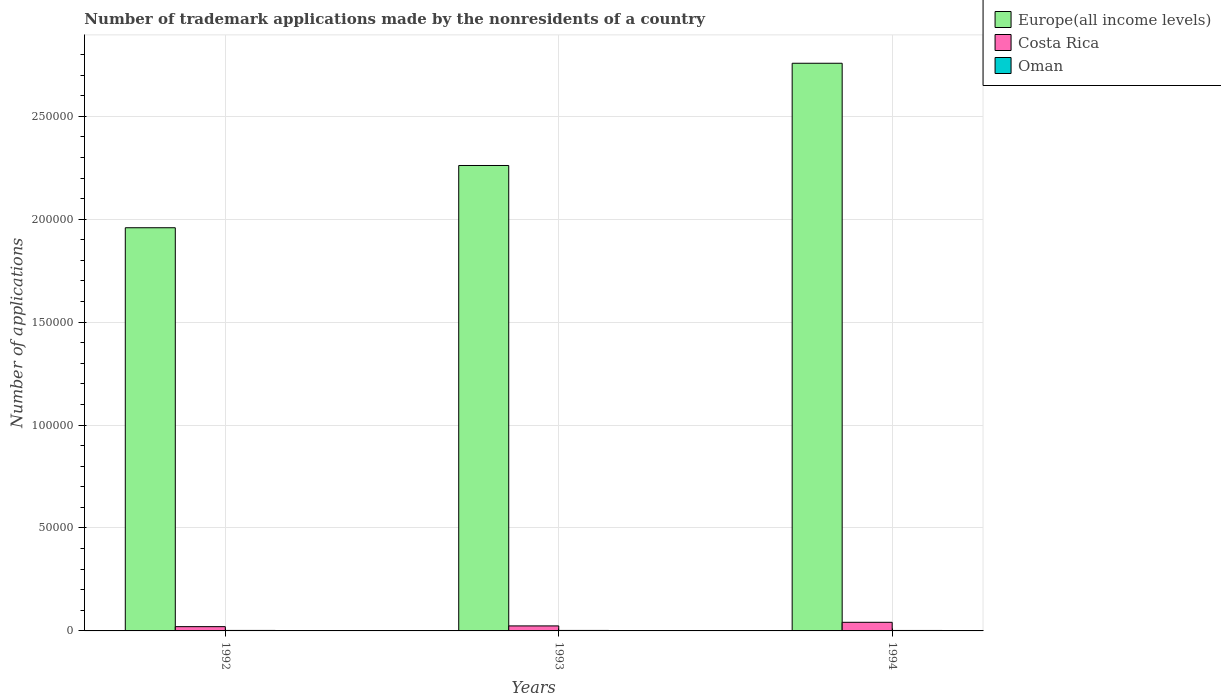
| Years | Europe(all income levels) | Costa Rica | Oman |
 | --- | --- | --- | --- |
 | 1992 | 1.96e+05 | 2.07e+03 | 241 |
 | 1993 | 2.26e+05 | 2.43e+03 | 236 |
 | 1994 | 2.76e+05 | 4.18e+03 | 220 |